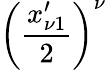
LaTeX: \left(\frac{x_{\nu 1}^{\prime}}{2}\right)^{\nu}